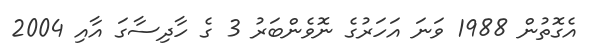
އެގޮތުން 1988 ވަނަ އަހަރުގެ ނޮވެންބަރު 3 ގެ ހާދިސާގަ އާއި 2004